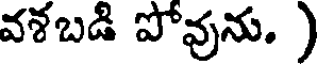
వశబడి పోవును. )